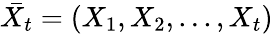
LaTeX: \bar{X_{t}}=(X_{1},X_{2},...,X_{t})